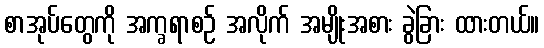
စာအုပ်တွေကို အက္ခရာစဉ် အလိုက် အမျိုးအစား ခွဲခြား ထားတယ်။